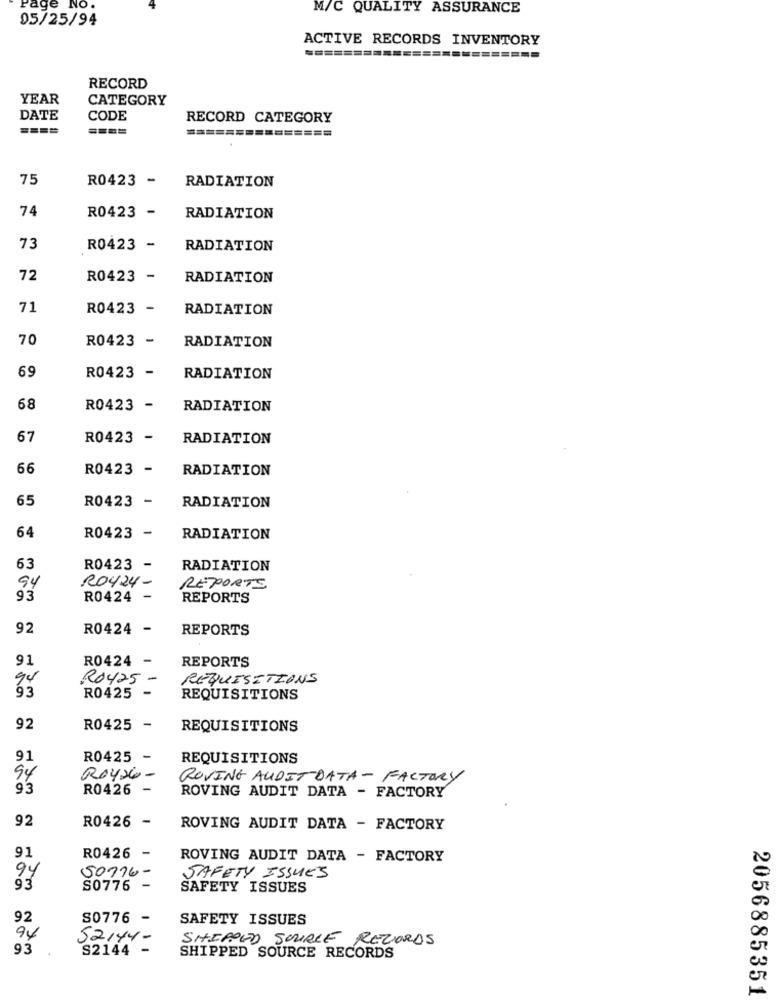
Page NO
M/C QUALITY ASSURANCE
05/25/94
ACTIVE RECORDS INVENTORY
========================
RECORD
YEAR
CATEGORY
DATE
CODE
RECORD CATEGORY
====
====
===============
75
R0423 -
RADIATION
74
R0423 -
RADIATION
73
R0423 -
RADIATION
72
R0423 -
RADIATION
71
R0423 -
RADIATION
70
R0423 -
RADIATION
69
R0423 -
RADIATION
68
R0423 -
RADIATION
67
R0423 -
RADIATION
66
R0423 -
RADIATION
65
R0423 -
RADIATION
64
R0423 -
RADIATION
63
R0423 -
RADIATION
94
RO424-
REPORTE
93
R0424 -
REPORTS
92
R0424 -
REPORTS
91
R0424 -
REPORTS
RO425 -
REQUISITIONS
93
R0425 -
REQUISITIONS
92
R0425 -
REQUISITIONS
91
R0425 -
REQUISITIONS
94
ROY26 -
ROVING AUDIT DATA - FACTORY
93
R0426
-
ROVING AUDIT DATA - FACTORY
92
R0426 -
ROVING AUDIT DATA - FACTORY
91
R0426 -
ROVING AUDIT DATA - FACTORY
50716-
94
SAFETY ISSUES
S0776 -
SAFETY ISSUES
92
S0776
SAFETY ISSUES
94
52144-
SHIPPED SOURCE RECORDS
93
S2144 -
SHIPPED SOURCE RECORDS
2056885351